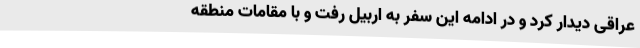
عراقی دیدار کرد و در ادامه این سفر به اربیل رفت و با مقامات منطقه